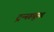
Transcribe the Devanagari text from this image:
ट्रन्स्ड्यूसर